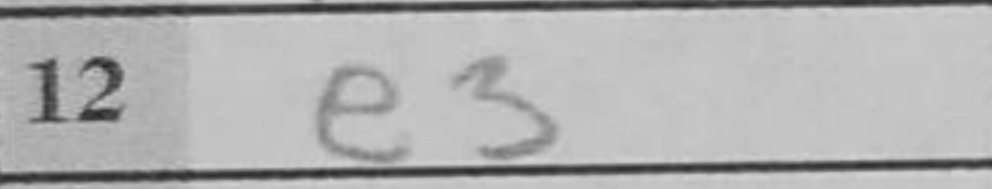
Transcription: e3